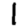
Digit: 1